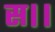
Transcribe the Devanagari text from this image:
स।।